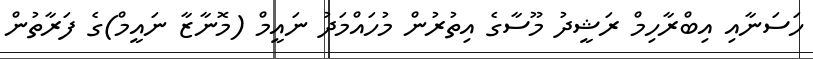
ހަސަނާއި އިބްރާހިމް ރަޝީދު މޫސާގެ އިތުރުން މުހައްމަދު ނައީމް (މޮނާޒާ ނައީމް)ގެ ފަރާތުން